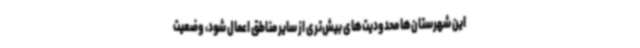
این شهرستان‌ها محدودیت‌های بیش‌تری از سایر مناطق اعمال شود، وضعیت